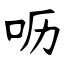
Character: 呖